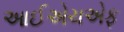
આઈએચએફ